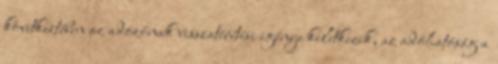
következtében az adózónak visszatérítési igénye keletkezik, az adóhatóság a